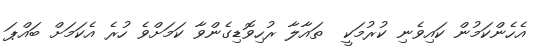
އެހެންކަމުން ކައިވެނި ކުރުމަކީ  ތައާލާ ރުހިވޮޑިގެންވާ ކަމަށްވެ ހުރެ އެކަމަށް ބައްޕަ